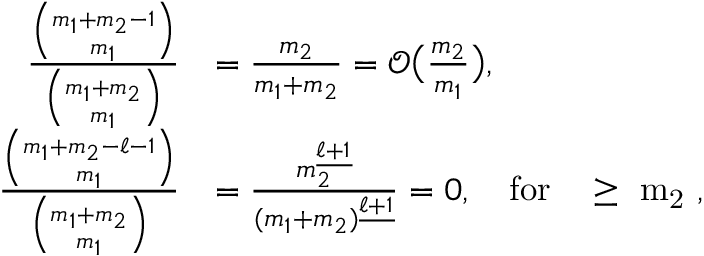
\begin{array} { r l } { \frac { \binom { m _ { 1 } + m _ { 2 } - 1 } { m _ { 1 } } } { \binom { m _ { 1 } + m _ { 2 } } { m _ { 1 } } } } & { = \frac { m _ { 2 } } { m _ { 1 } + m _ { 2 } } = \mathcal { O } \big ( \textstyle { \frac { m _ { 2 } } { m _ { 1 } } } \big ) , } \\ { \frac { \binom { m _ { 1 } + m _ { 2 } - \ell - 1 } { m _ { 1 } } } { \binom { m _ { 1 } + m _ { 2 } } { m _ { 1 } } } } & { = \frac { m _ { 2 } ^ { \underline { { \ell + 1 } } } } { ( m _ { 1 } + m _ { 2 } ) ^ { \underline { { \ell + 1 } } } } = 0 , \quad \mathrm { f o r ~ \ell ~ \ge ~ m _ 2 ~ } , } \end{array}